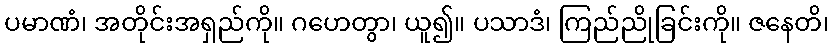
ပမာဏံ၊ အတိုင်းအရှည်ကို။ ဂဟေတွာ၊ ယူ၍။ ပသာဒံ၊ ကြည်ညိုခြင်းကို။ ဇနေတိ၊